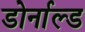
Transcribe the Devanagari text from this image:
डोर्नाल्ड